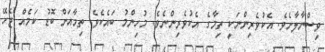
ވިސްނާލާށެވެ. އެކުވެރިންނަކީ ތިމާގެ އެކުވެރިންނެވެ. މުހިންމު ބައެކެވެ. ތިމާއަށް ބޮޑު ކަމެއް ޖެހޭ